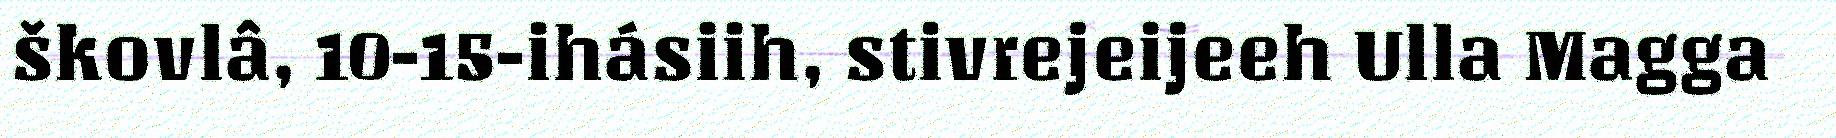
škovlâ, 10-15-ihásiih, stivrejeijeeh Ulla Magga